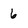
Character: 6